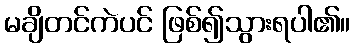
မချိတင်ကဲပင် ဖြစ်၍သွားရပါ၏။